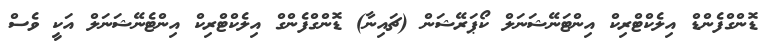
ޑޮންގްފެންޑް އިލެކްޓްރިކް އިންޓަނޭޝަނަލް ކޯޕަރޭޝަން (ޗައިނާ) ޑޮންގްފެންގް އިލެކްޓްރިކް އިންޓެނޭޝަނަލް އަކީ ވެސް